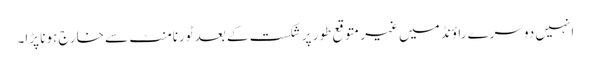
انہیں دوسرے راؤنڈ میں غیر متوقع طور پر شکست کے بعد ٹورنامنٹ سے خارج ہونا پڑا۔